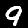
Label: 9